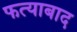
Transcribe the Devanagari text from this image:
फत्याबाद